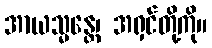
အာယသ္မန္တေ၊ အရှင်တို့ကို။